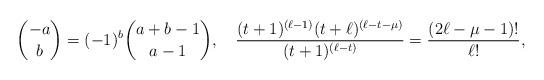
LaTeX: \begin{align*}\binom{-a}{b}=(-1)^b\binom{a+b-1}{a-1},\quad\frac{(t+1)^{(\ell-1)}(t+\ell)^{(\ell-t-\mu)}}{(t+1)^{(\ell-t)}}=\frac{(2\ell-\mu-1)!}{\ell!},\end{align*}